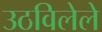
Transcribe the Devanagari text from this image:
उठविलेले